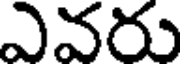
ఎవరు